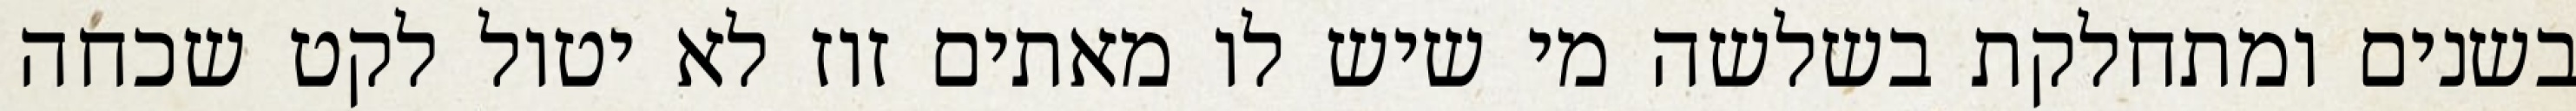
בשנים ומתחלקת בשלשה מי שיש לו מאתים זוז לא יטול לקט שכחה